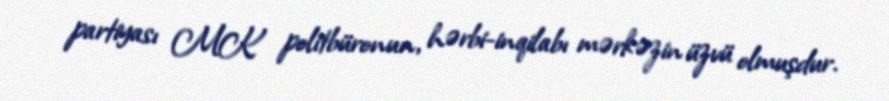
partiyası MK politbüronun, hərbi-inqilabı mərkəzin üzvü olmuşdur.